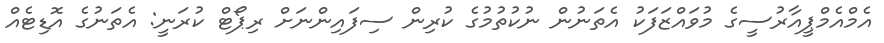
އެމްއެމްޕީއާރުސީގެ މުވައްޒަފަކު އެތަނުން ނުކުތުމުގެ ކުރިން ސިފައިންނަށް ރިޕޯޓް ކުރަނީ: އެތަނުގެ އޮޑިޓެއް